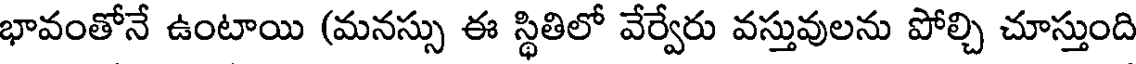
భావంతోనే ఉంటాయి (మనస్సు ఈ స్థితిలో వేర్వేరు వస్తువులను పోల్చి చూస్తుంది